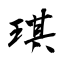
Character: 琪